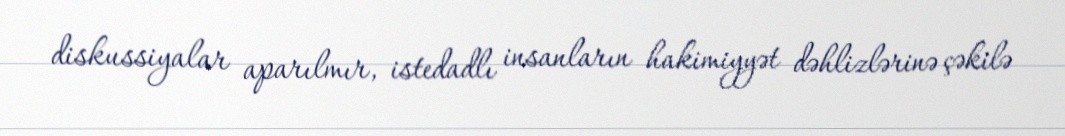
diskussiyalar aparılmır, istedadlı insanların hakimiyyət dəhlizlərinə çəkilə